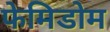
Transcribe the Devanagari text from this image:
फेमिडोम